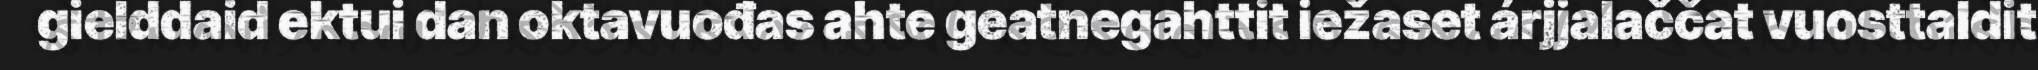
gielddaid ektui dan oktavuođas ahte geatnegahttit iežaset árjjalaččat vuosttaldit